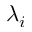
\lambda _ { i }